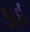
ડાઈ